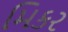
મિકર